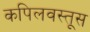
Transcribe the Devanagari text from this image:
कपिलवस्तूस